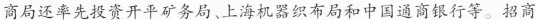
商局还率先投资开平矿务局、上海机器织布局和中国通商银行等。招商